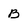
Character: B